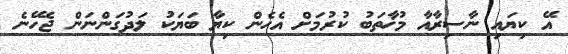
އޭ ކިޔައި ނާސިރާއާ މުޚާތަބު ކުރުމަށް އެހެން ކިޔާ ބަޔަކު ލަދުގަންނަން ޖެހޭނެ